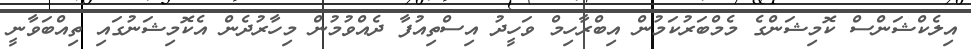
އިލެކްޝަންސް ކޮމިޝަންގެ މެމްބަރުކަމުން އިބްރާހިމް ވަހީދު އިސްތިއުފާ ދެއްވުމުން މިހާރުދެން އެކޮމިޝަނުގައި ތިއްބަވާނީ